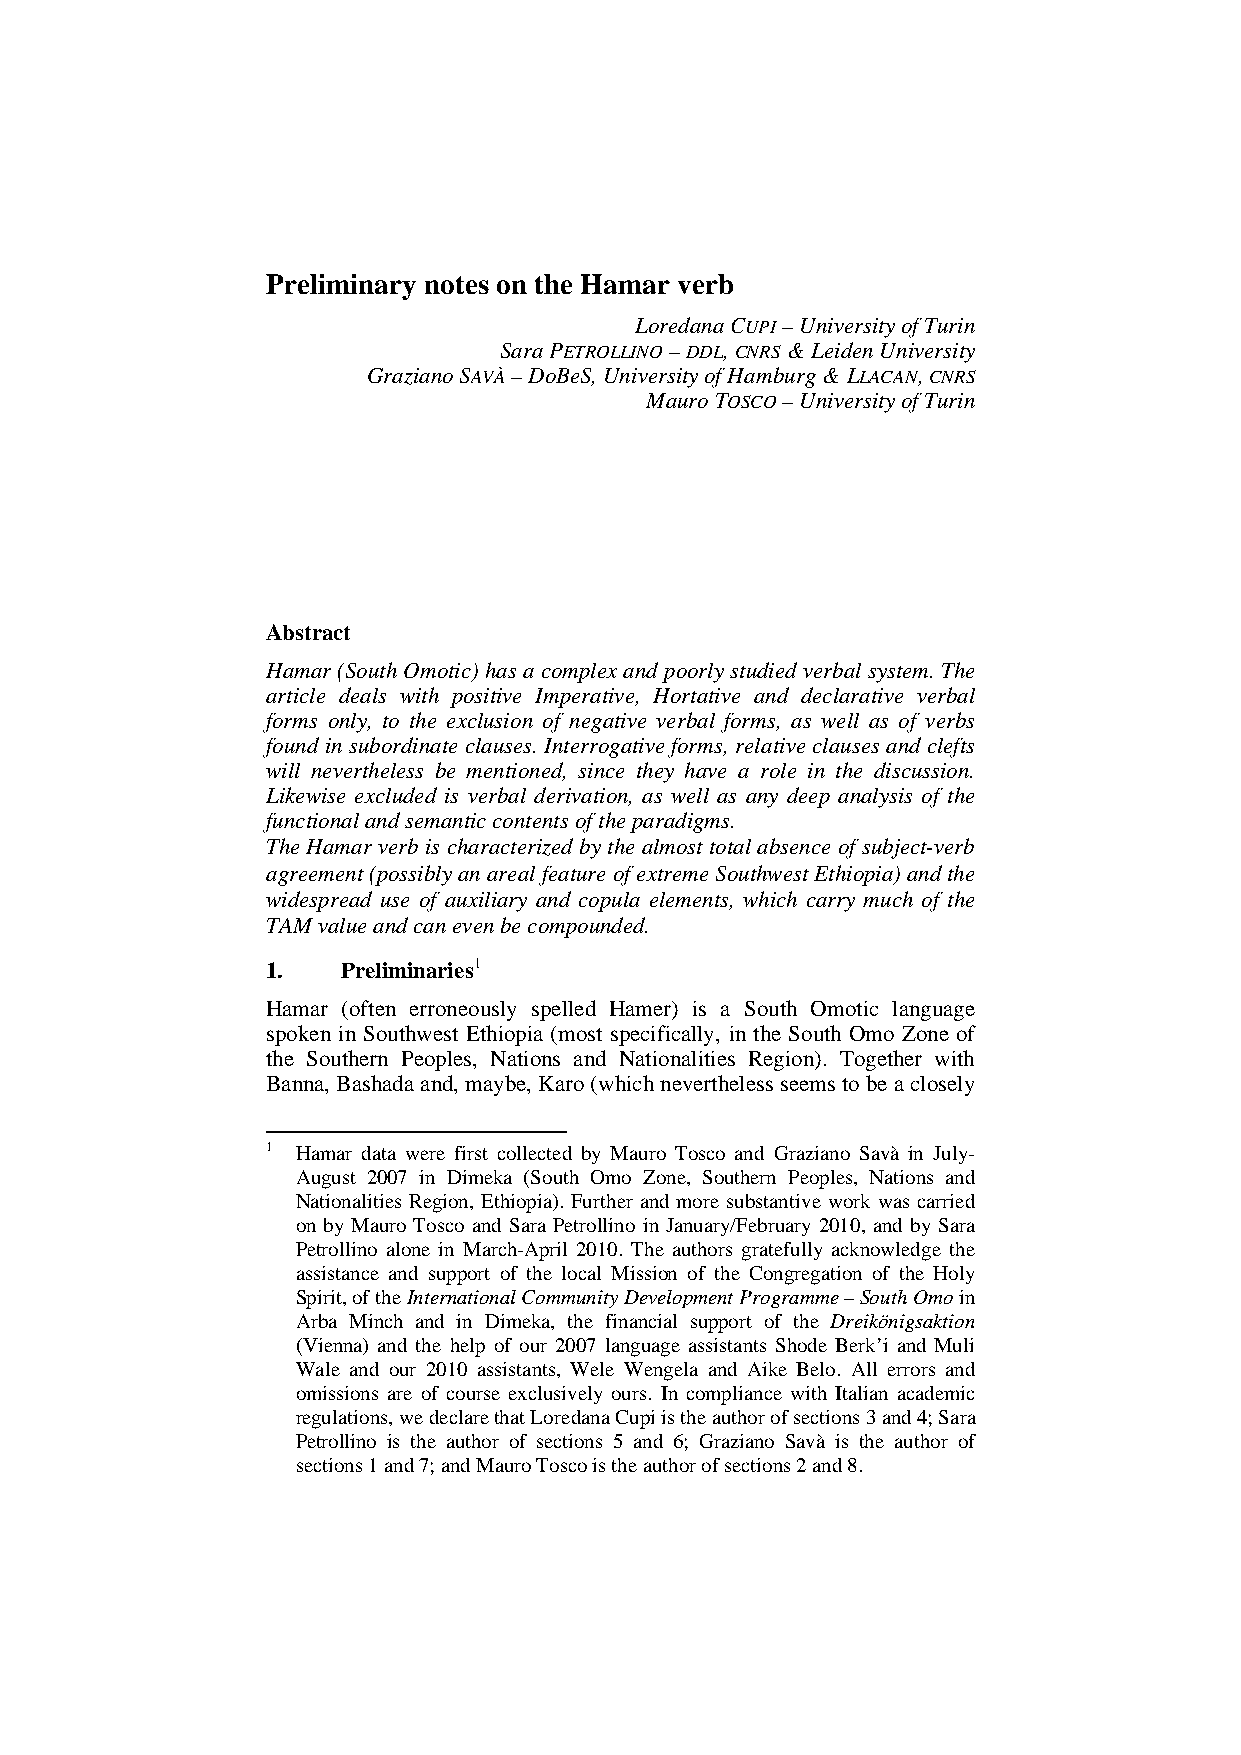
Preliminary notes on the Hamar verb
 Loredana CUPI – University of Turin
 Sara PETROLLINO – DDL, CNRS & Leiden University
 Graziano SAVÀ – DoBeS, University of Hamburg & LLACAN, CNRS
 Mauro TOSCO – University of Turin
 Abstract
 Hamar (South Omotic) has a complex and poorly studied verbal system. The
 article deals with positive Imperative, Hortative and declarative verbal
 forms only, to the exclusion of negative verbal forms, as well as of verbs
 found in subordinate clauses. Interrogative forms, relative clauses and clefts
 will nevertheless be mentioned, since they have a role in the discussion.
 Likewise excluded is verbal derivation, as well as any deep analysis of the
 functional and semantic contents of the paradigms.
 The Hamar verb is characterized by the almost total absence of subject-verb
 agreement (possibly an areal feature of extreme Southwest Ethiopia) and the
 widespread use of auxiliary and copula elements, which carry much of the
 TAM value and can even be compounded.
 1.   Preliminaries1
 Hamar (often erroneously spelled Hamer) is a South Omotic language
 spoken in Southwest Ethiopia (most specifically, in the South Omo Zone of
 the Southern Peoples, Nations and Nationalities Region). Together with
 Banna, Bashada and, maybe, Karo (which nevertheless seems to be a closely
 1 Hamar data were first collected by Mauro Tosco and Graziano Savà in July-
 August 2007 in Dimeka (South Omo Zone, Southern Peoples, Nations and
 Nationalities Region, Ethiopia). Further and more substantive work was carried
 on by Mauro Tosco and Sara Petrollino in January/February 2010, and by Sara
 Petrollino alone in March-April 2010. The authors gratefully acknowledge the
 assistance and support of the local Mission of the Congregation of the Holy
 Spirit, of the International Community Development Programme – South Omo in
 Arba Minch and in Dimeka, the financial support of the Dreikönigsaktion
 (Vienna) and the help of our 2007 language assistants Shode Berk’i and Muli
 Wale and our 2010 assistants, Wele Wengela and Aike Belo. All errors and
 omissions are of course exclusively ours. In compliance with Italian academic
 regulations, we declare that Loredana Cupi is the author of sections 3 and 4; Sara
 Petrollino is the author of sections 5 and 6; Graziano Savà is the author of
 sections 1 and 7; and Mauro Tosco is the author of sections 2 and 8.